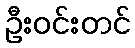
ဦးဝင်းတင်